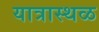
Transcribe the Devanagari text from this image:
यात्रास्थळ